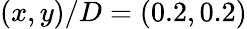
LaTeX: (x,y)/D=(0.2,0.2)